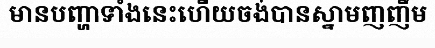
មានបញ្ហាទាំងនេះហើយចង់បានស្នាមញញឹម